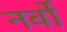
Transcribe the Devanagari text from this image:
नर्वो